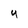
Character: Y